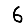
Digit: 6